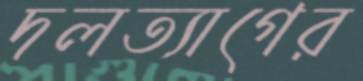
দলত্যাগের